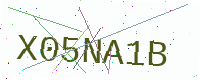
Text: X05NA1B